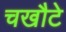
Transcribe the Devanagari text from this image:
चखौटे